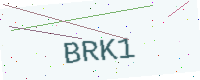
Text: BRK1